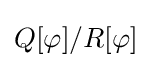
Q[\varphi ]/R[\varphi ]